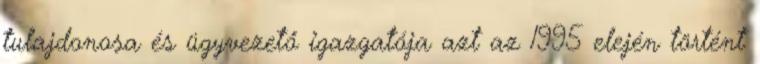
tulajdonosa és ügyvezető igazgatója azt az 1995 elején történt